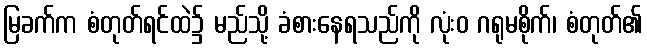
မြခက်က စံတုတ်ရင်ထဲ၌ မည်သို့ ခံစားနေရသည်ကို လုံးဝ ဂရုမစိုက်၊ စံတုတ်၏